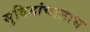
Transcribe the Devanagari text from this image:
सुविधांचालाभ